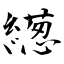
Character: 繱